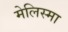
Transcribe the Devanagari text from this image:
मेलिस्मा